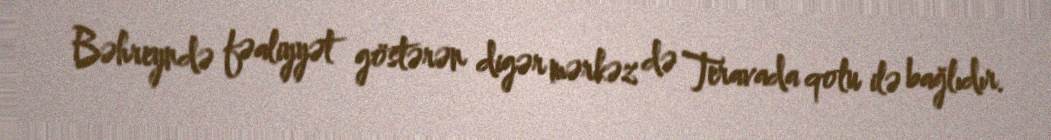
Bəhreyndə fəaliyyət göstərən digər mərkəz də Teravada qolu ilə bağlıdır.